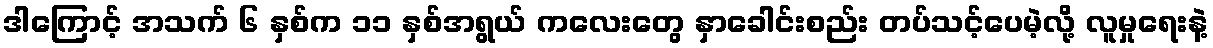
ဒါကြောင့် အသက် ၆ နှစ်က ၁၁ နှစ်အရွယ် ကလေးတွေ နှာခေါင်းစည်း တပ်သင့်ပေမဲ့လို့ လူမှုရေးနဲ့